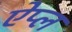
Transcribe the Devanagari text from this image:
ऐप्ल